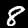
Label: 8